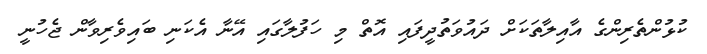
ކުޅުންތެރިންގެ އާއިލާތަކަށް ދައުވަތުދީފައި އޮތް މި ހަފުލާގައި އޭނާ އެކަނި ބައިވެރިވާން ޖެހުނީ